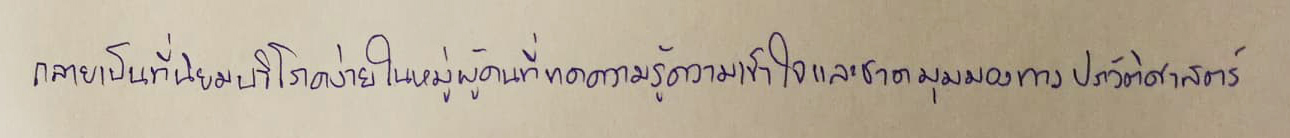
กลายเป็นที่นิยมบริโภคง่ายในหมู่ผู้คนที่ขาดความรู้ความเข้าใจและขาดมุมมองทางประวัติศาสตร์